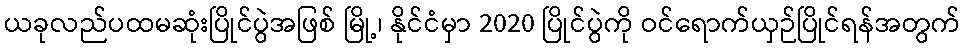
ယခုလည်ပထမဆုံးပြိုင်ပွဲအဖြစ် မြို့၊ နိုင်ငံမှာ 2020 ပြိုင်ပွဲကို ဝင်ရောက်ယှဉ်ပြိုင်ရန်အတွက်